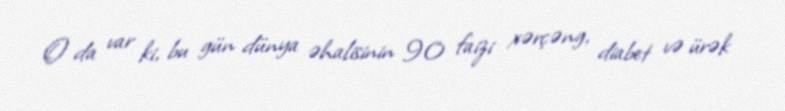
O da var ki, bu gün dünya əhalisinin 90 faizi xərçəng, diabet və ürək